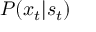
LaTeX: \textstyle P ( x _ { t } | s _ { t } )